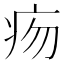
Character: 𤵐